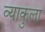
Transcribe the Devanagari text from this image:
व्याकुला